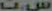
ست